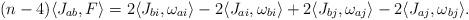
LaTeX: \begin{align*}(n-4) \langle J_{ab}, F \rangle&=2\langle J_{bi},\omega_{ai}\rangle - 2\langle J_{ai},\omega_{bi}\rangle + 2\langle J_{bj},\omega_{aj}\rangle - 2\langle J_{aj},\omega_{bj}\rangle.\end{align*}